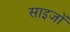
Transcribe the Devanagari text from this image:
साइजों